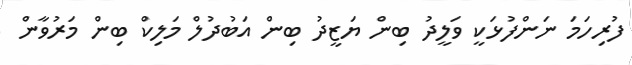
ފުރިހަމަ ނަންފުޅަކީ ވަލީދު ބިން ޔަޒީދު ބިން އަބުދުލް މަލިކް ބިން މަރުވާން